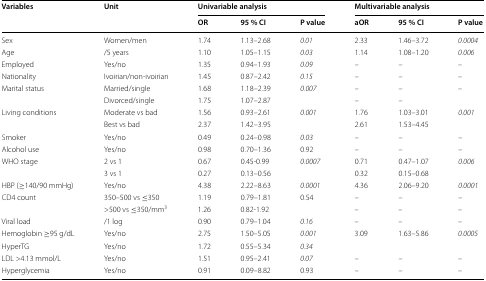
<table><thead><tr><td rowspan="2"><b>Variables</b></td><td rowspan="2"><b>Unit</b></td><td colspan="3"><b>Univariable analysis</b></td><td colspan="3"><b>Multivariable analysis</b></td></tr><tr><td><b>OR</b></td><td><b>95 % CI</b></td><td><b>P value</b></td><td><b>aOR</b></td><td><b>95 % CI</b></td><td><b>P value</b></td></tr></thead><tbody><tr><td>Sex</td><td>Women/men</td><td>1.74</td><td>1.13–2.68</td><td><i>0.01</i></td><td>2.33</td><td>1.46–3.72</td><td><i>0.0004</i></td></tr><tr><td>Age</td><td>/5 years</td><td>1.10</td><td>1.05–1.15</td><td><i>0.03</i></td><td>1.14</td><td>1.08–1.20</td><td><i>0.006</i></td></tr><tr><td>Employed</td><td>Yes/no</td><td>1.35</td><td>0.94–1.93</td><td><i>0.09</i></td><td>–</td><td>–</td><td>–</td></tr><tr><td>Nationality</td><td>Ivoirian/non-ivoirian</td><td>1.45</td><td>0.87–2.42</td><td><i>0.15</i></td><td>–</td><td>–</td><td>–</td></tr><tr><td rowspan="2">Marital status</td><td>Married/single</td><td>1.68</td><td>1.18–2.39</td><td><i>0.007</i></td><td>–</td><td>–</td><td>–</td></tr><tr><td>Divorced/single</td><td>1.75</td><td>1.07–2.87</td><td></td><td>–</td><td>–</td><td></td></tr><tr><td rowspan="2">Living conditions</td><td>Moderate vs bad</td><td>1.56</td><td>0.93–2.61</td><td><i>0.001</i></td><td>1.76</td><td>1.03–3.01</td><td><i>0.001</i></td></tr><tr><td>Best vs bad</td><td>2.37</td><td>1.42–3.95</td><td></td><td>2.61</td><td>1.53–4.45</td><td></td></tr><tr><td>Smoker</td><td>Yes/no</td><td>0.49</td><td>0.24–0.98</td><td><i>0.03</i></td><td>–</td><td>–</td><td>–</td></tr><tr><td>Alcohol use</td><td>Yes/no</td><td>0.98</td><td>0.70–1.36</td><td>0.92</td><td>–</td><td>–</td><td>–</td></tr><tr><td rowspan="2">WHO stage</td><td>2 vs 1</td><td>0.67</td><td>0.45-0.99</td><td><i>0.0007</i></td><td>0.71</td><td>0.47–1.07</td><td><i>0.006</i></td></tr><tr><td>3 vs 1</td><td>0.27</td><td>0.13–0.56</td><td></td><td>0.32</td><td>0.15–0.68</td><td></td></tr><tr><td>HBP (≥140/90 mmHg)</td><td>Yes/no</td><td>4.38</td><td>2.22–8.63</td><td><i>0.0001</i></td><td>4.36</td><td>2.06–9.20</td><td><i>0.0001</i></td></tr><tr><td rowspan="2">CD4 count</td><td>350–500 vs ≤350</td><td>1.19</td><td>0.79–1.81</td><td>0.54</td><td>–</td><td>–</td><td>–</td></tr><tr><td>&gt;500 vs ≤350/mm<sup>3</sup></td><td>1.26</td><td>0.82-1.92</td><td></td><td>–</td><td>–</td><td>–</td></tr><tr><td>Viral load</td><td>/1 log</td><td>0.90</td><td>0.79–1.04</td><td><i>0.16</i></td><td>–</td><td>–</td><td>–</td></tr><tr><td>Hemoglobin ≥95 g/dL</td><td>Yes/no</td><td>2.75</td><td>1.50–5.05</td><td><i>0.001</i></td><td>3.09</td><td>1.63–5.86</td><td><i>0.0005</i></td></tr><tr><td>HyperTG</td><td>Yes/no</td><td>1.72</td><td>0.55–5.34</td><td><i>0.34</i></td><td></td><td></td><td></td></tr><tr><td>LDL &gt;4.13 mmol/L</td><td>Yes/no</td><td>1.51</td><td>0.95–2.41</td><td><i>0.07</i></td><td>–</td><td>–</td><td>–</td></tr><tr><td>Hyperglycemia</td><td>Yes/no</td><td>0.91</td><td>0.09–8.82</td><td>0.93</td><td>–</td><td>–</td><td>–</td></tr></tbody></table>